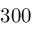
3 0 0